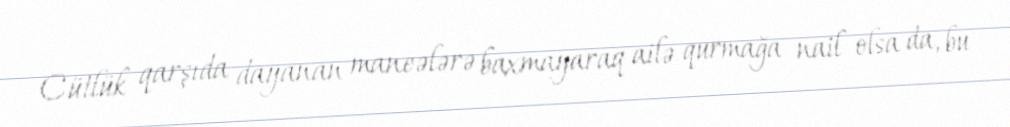
Cütlük qarşıda dayanan maneələrə baxmayaraq ailə qurmağa nail olsa da, bu